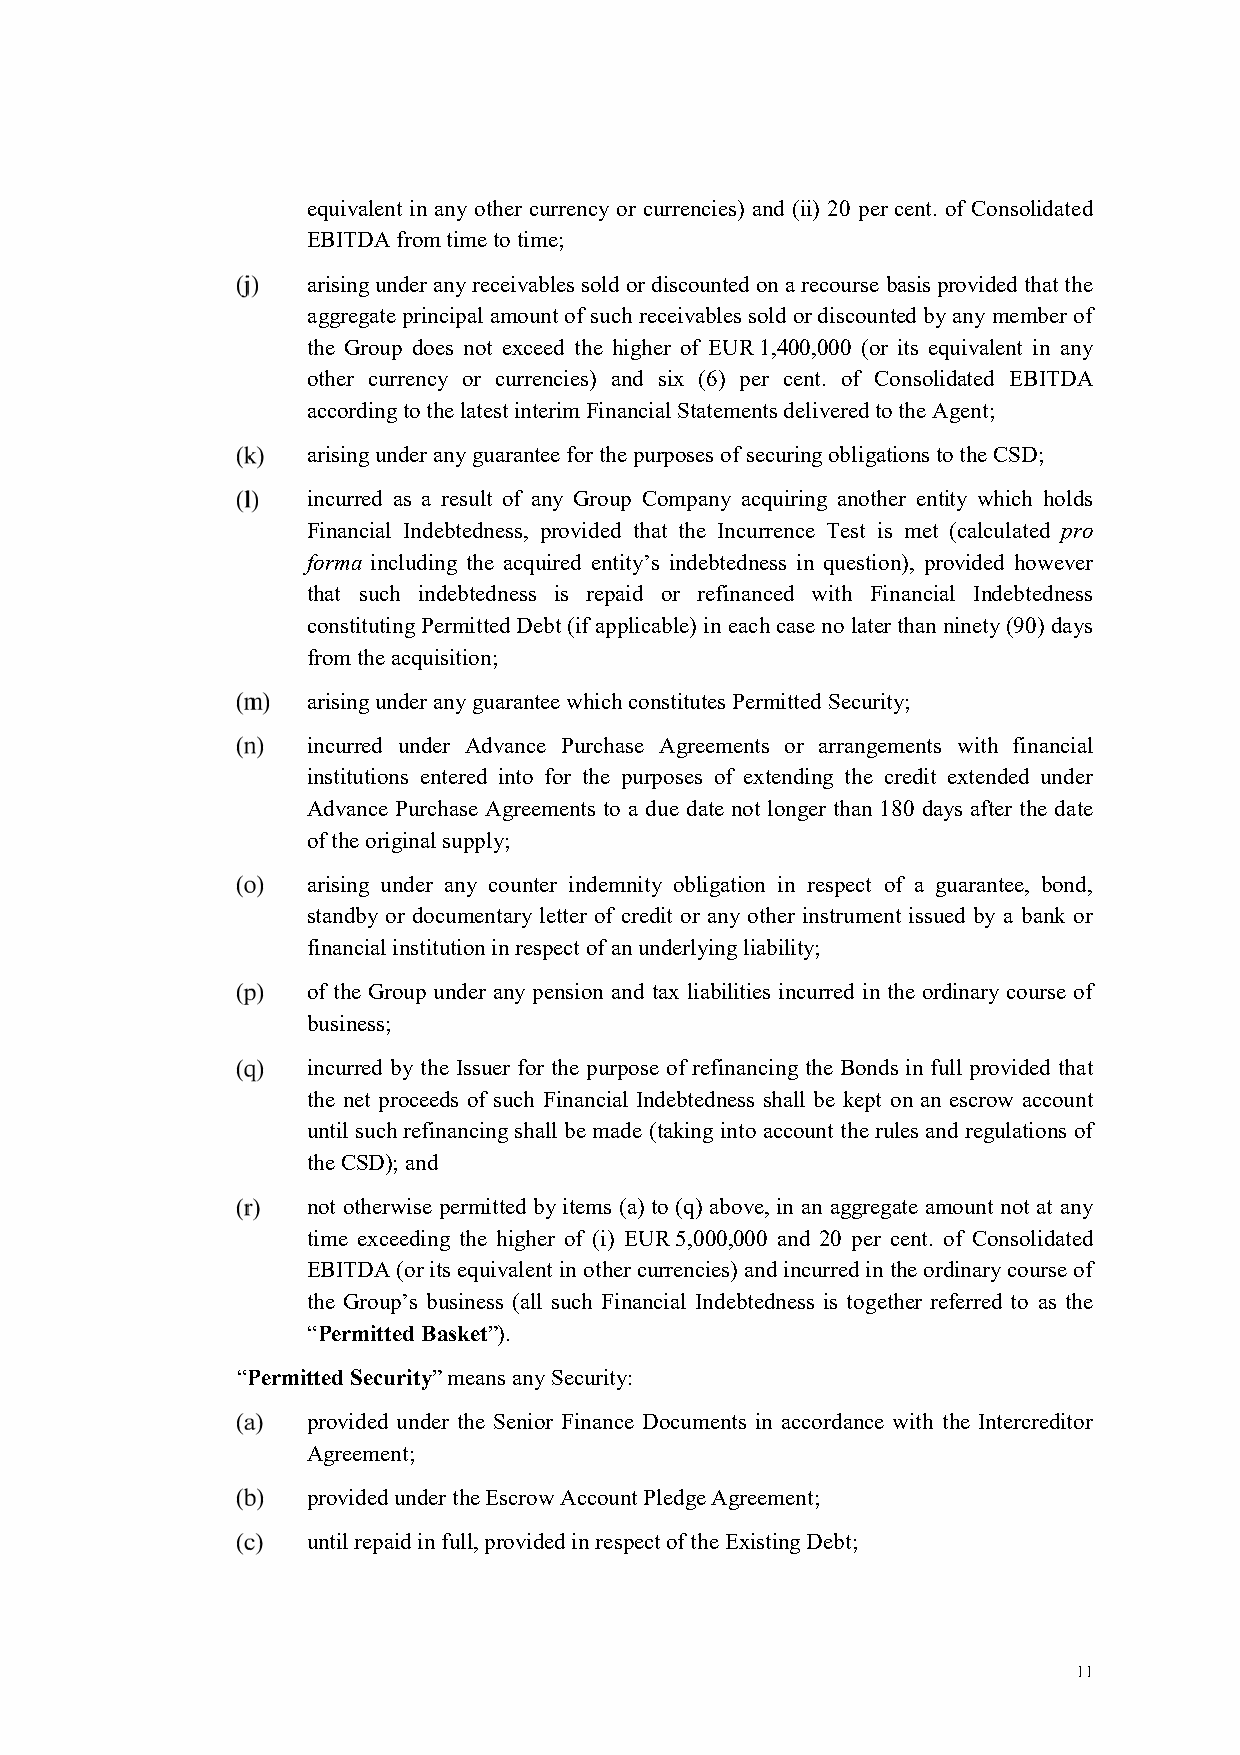
equivalent in any other currency or currencies) and (ii) 20 per cent. of Consolidated
 EBITDA from time to time;
 arising under any receivables sold or discounted on a recourse basis provided that the
 aggregate principal amount of such receivables sold or discounted by any member of
 the Group does not exceed the higher of EUR 1,400,000 (or its equivalent in any
 other currency or currencies) and six (6) per cent. of Consolidated EBITDA
 according to the latest interim Financial Statements delivered to the Agent;
 arising under any guarantee for the purposes of securing obligations to the CSD;
 incurred as a result of any Group Company acquiring another entity which holds
 Financial Indebtedness, provided that the Incurrence Test is met (calculated pro
 forma including the acquired entity’s indebtedness in question), provided however
 that such indebtedness is repaid or refinanced with Financial Indebtedness
 constituting Permitted Debt (if applicable) in each case no later than ninety (90) days
 from the acquisition;
 arising under any guarantee which constitutes Permitted Security;
 incurred under Advance Purchase Agreements or arrangements with financial
 institutions entered into for the purposes of extending the credit extended under
 Advance Purchase Agreements to a due date not longer than 180 days after the date
 of the original supply;
 arising under any counter indemnity obligation in respect of a guarantee, bond,
 standby or documentary letter of credit or any other instrument issued by a bank or
 financial institution in respect of an underlying liability;
 of the Group under any pension and tax liabilities incurred in the ordinary course of
 business;
 incurred by the Issuer for the purpose of refinancing the Bonds in full provided that
 the net proceeds of such Financial Indebtedness shall be kept on an escrow account
 until such refinancing shall be made (taking into account the rules and regulations of
 the CSD); and
 not otherwise permitted by items (a) to (q) above, in an aggregate amount not at any
 time exceeding the higher of (i) EUR 5,000,000 and 20 per cent. of Consolidated
 EBITDA (or its equivalent in other currencies) and incurred in the ordinary course of
 the Group’s business (all such Financial Indebtedness is together referred to as the
 “Permitted Basket”).
 “Permitted Security” means any Security:
 provided under the Senior Finance Documents in accordance with the Intercreditor
 Agreement;
 provided under the Escrow Account Pledge Agreement;
 until repaid in full, provided in respect of the Existing Debt;
 11